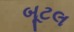
બૂટલ